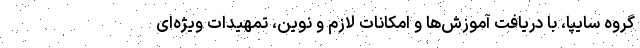
گروه سایپا، با دریافت آموزش‌ها و امکانات لازم و نوین، تمهیدات ویژه‌ای